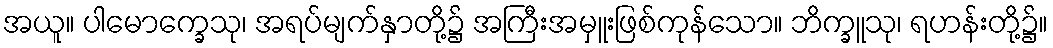
အယူ။ ပါမောက္ခေသု၊ အရပ်မျက်နှာတို့၌ အကြီးအမှူးဖြစ်ကုန်သော။ ဘိက္ခူသု၊ ရဟန်းတို့၌။